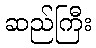
ဆည်ကြီး